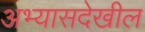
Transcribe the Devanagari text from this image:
अभ्यासदेखील